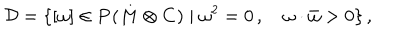
LaTeX: { \cal D } = \{ [ \omega ] \in { \bf P } ( M \otimes { \bf C } ) \mid \omega ^ { 2 } = 0 \, , \quad \omega \cdot \bar { \omega } > 0 \} \, ,